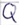
Text: Q